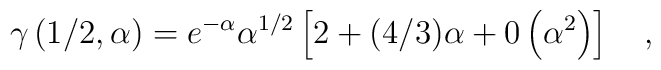
\gamma\left(1/2,\alpha\right) = e^{-\alpha}     \alpha^{1/2}\left[2 +(4/3)\alpha+ 0 \left(\alpha^{2}\right)\right]          \quad ,